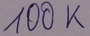
Text: 100K